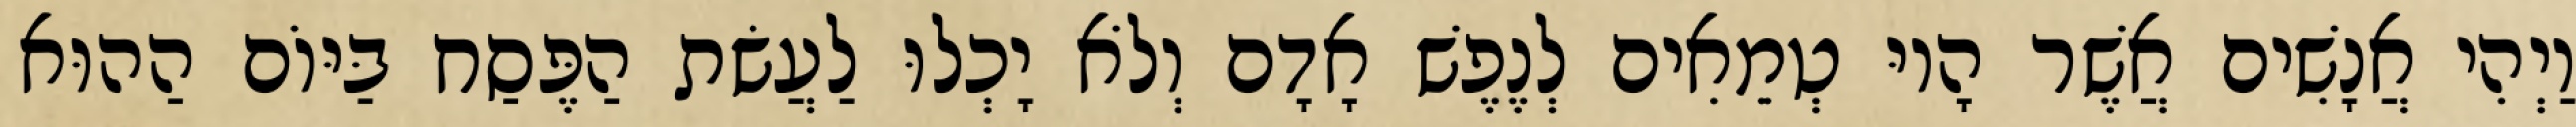
וַיְהִי אֲנָשִׁים אֲשֶׁר הָיוּ טְמֵאִים לְנֶפֶשׁ אָדָם וְלֹא יָכְלוּ לַעֲשׂת הַפֶּסַח בַּיּוֹם הַהוּא